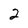
Character: 2